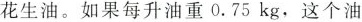
花生油。如果每升油重0.75kg，这个油